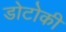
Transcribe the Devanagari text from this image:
डोटोकी